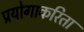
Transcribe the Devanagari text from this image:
प्रयोगाकरिता